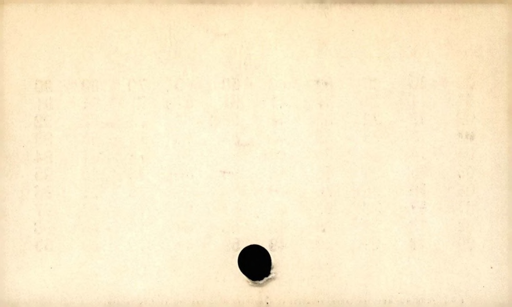
Label: blank